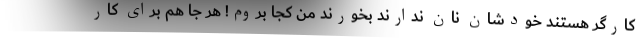
کارگر هستند خودشان نان ندارند بخورند من کجا بروم! هر جا هم برای کار